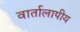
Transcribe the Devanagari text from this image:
वार्तालापीय